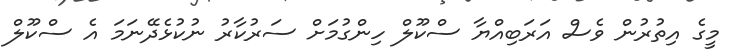
މީގެ އިތުރުން ވެސް އަރަބިއްޔާ ސްކޫލް ހިންގުމަށް ސަރުކާރު ނުކުޅެދޭނަމަ އެ ސްކޫލް